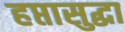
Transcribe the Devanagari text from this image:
हप्तासुद्धा